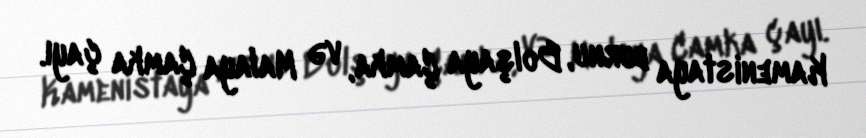
Kamenistaya burnu, Bolşaya Çamka, və Malaya Çamka çayı.